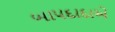
બાપદાદાએ